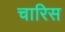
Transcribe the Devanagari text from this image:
चारिस